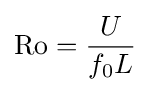
{\text{Ro}}={\frac {U}{f_{0}L}}